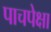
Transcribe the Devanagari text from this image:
पाचपेक्षा